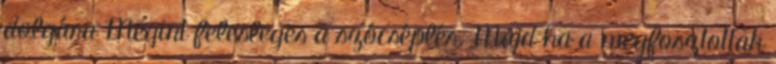
dolgára Megint felesleges a szócséplés. Majd ha a megfosztottak